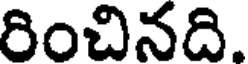
రించినది.